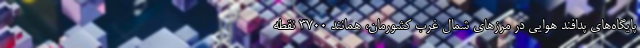
پایگاه‌های پدافند هوایی در مرزهای شمال غرب کشورمان، همانند ۳۷۰۰ نقطه